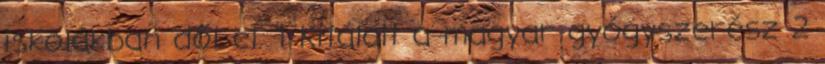
iskolákban dől el. 1 Kitálalt a magyar gyógyszerész 2